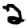
Digit: 2